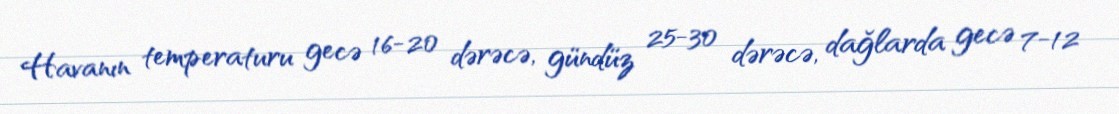
Havanın temperaturu gecə 16-20 dərəcə, gündüz 25-30 dərəcə, dağlarda gecə 7-12